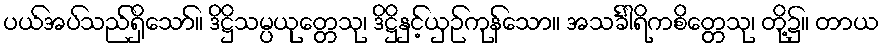
ပယ်အပ်သည်ရှိသော်။ ဒိဋ္ဌိသမ္ပယုတ္တေသု၊ ဒိဋ္ဌိနှင့်ယှဉ်ကုန်သော။ အသင်္ခါရိကစိတ္တေသု၊ တို့၌။ တာယ